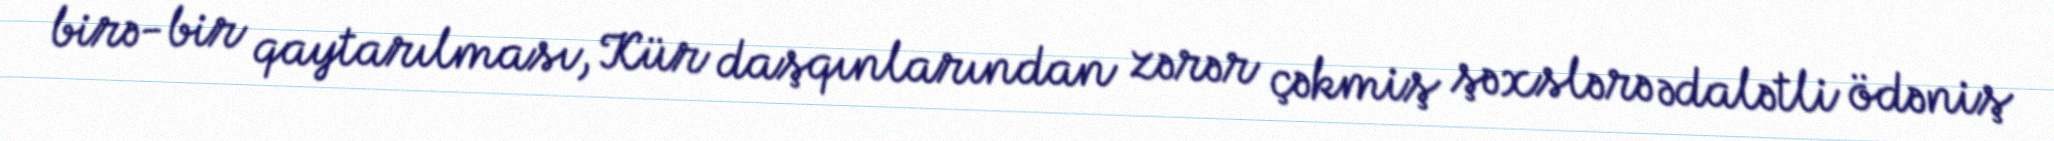
birə-bir qaytarılması, Kür daşqınlarından zərər çəkmiş şəxslərə ədalətli ödəniş